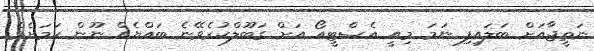
ނަތީޖާއަށް ބަލައިފި ނަމަ މިއީ އެސްޓީއޯ އަށް ގަބޫލްކުރެވޭނެ ބައްޔެއް ނޫން ކަމަށެވެ.